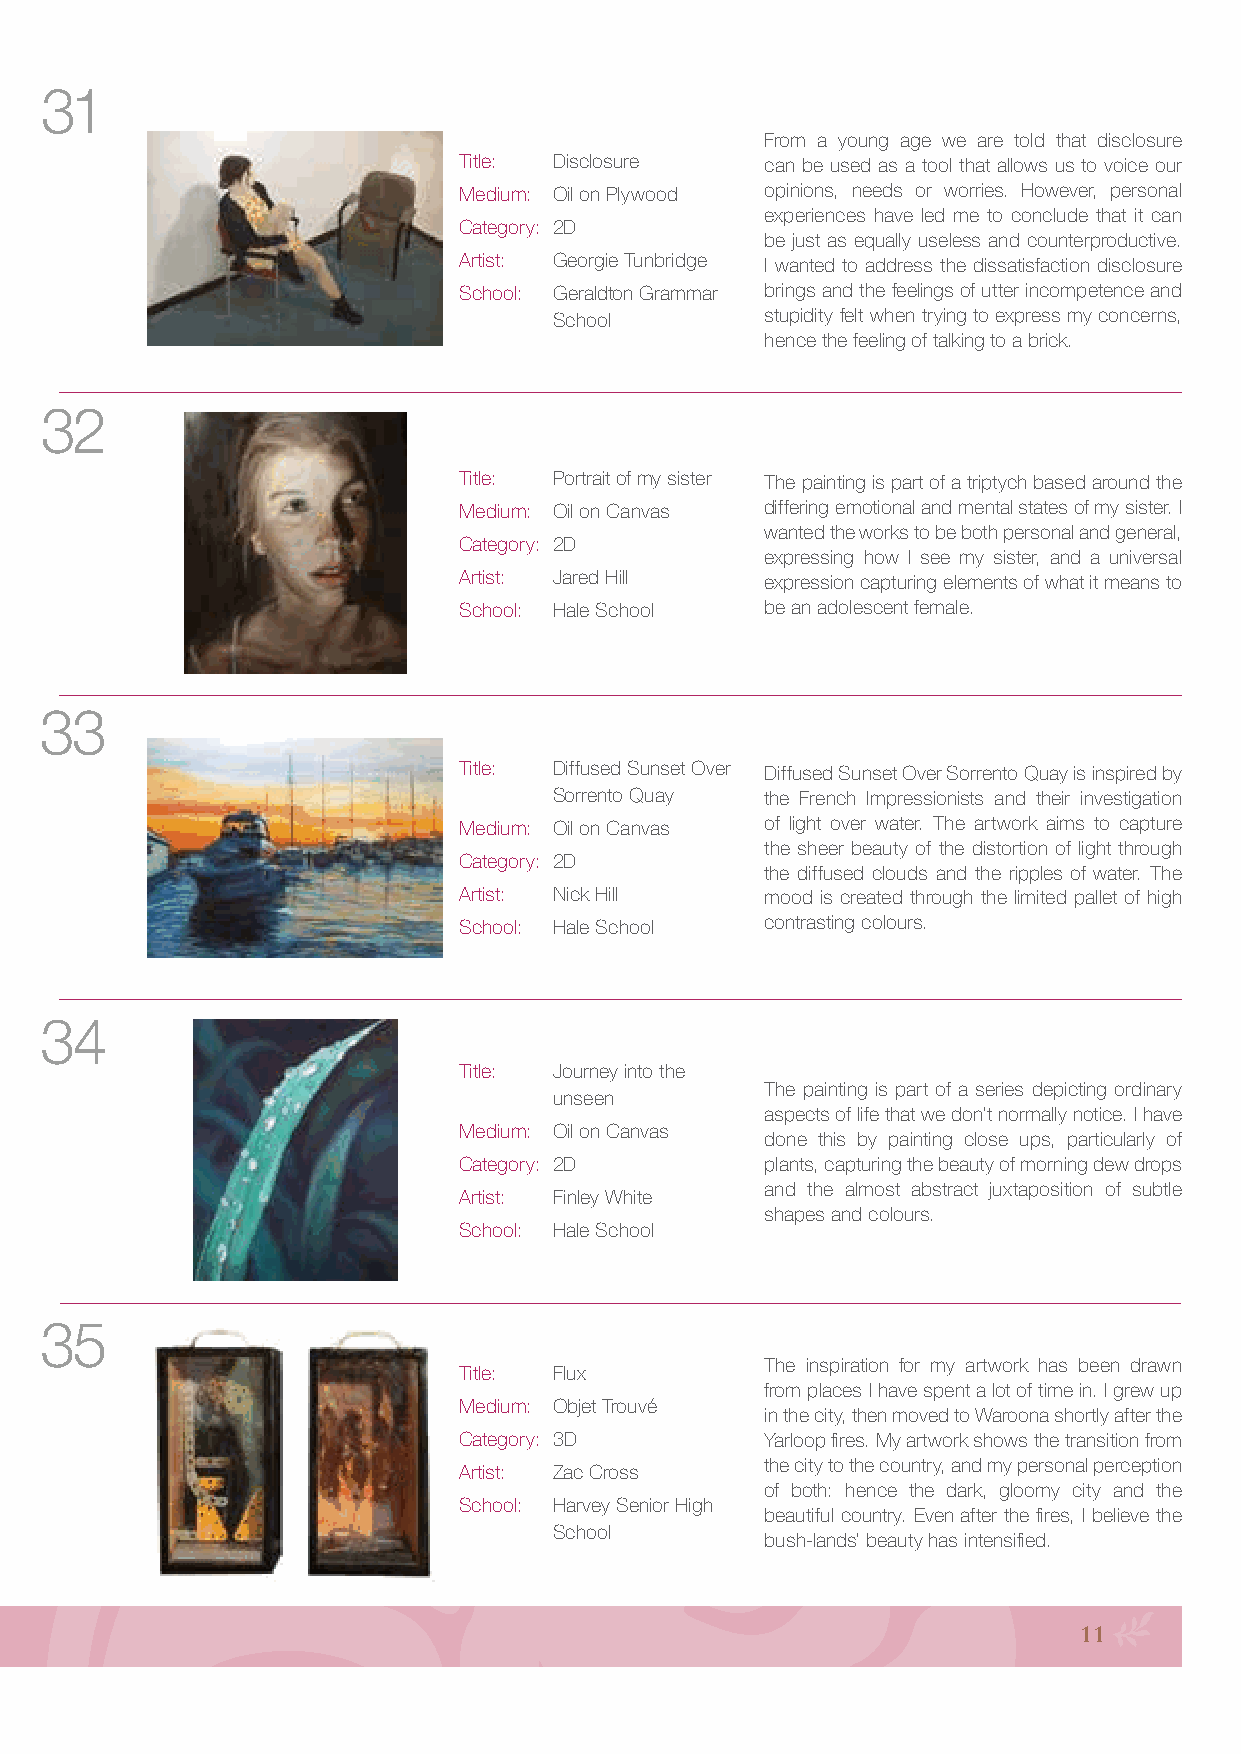
31
 From a young age we are told that disclosure
 Title: Disclosure    can be used as a tool that allows us to voice our
 Medium: Oil on Plywood opinions, needs or worries. However, personal
 experiences have led me to conclude that it can
 Category: 2D
 be just as equally useless and counterproductive.
 Artist: Georgie Tunbridge I wanted to address the dissatisfaction disclosure
 School: Geraldton Grammar brings and the feelings of utter incompetence and
 School        stupidity felt when trying to express my concerns,
 hence the feeling of talking to a brick.
 32
 Title: Portrait of my sister The painting is part of a triptych based around the
 Medium: Oil on Canvas differing emotional and mental states of my sister. I
 wanted the works to be both personal and general,
 Category: 2D
 expressing how I see my sister, and a universal
 Artist: Jared Hill   expression capturing elements of what it means to
 School: Hale School  be an adolescent female.
 33
 Title: Diffused Sunset Over Diffused Sunset Over Sorrento Quay is inspired by
 Sorrento Quay the French Impressionists and their investigation
 Medium: Oil on Canvas of light over water. The artwork aims to capture
 the sheer beauty of the distortion of light through
 Category: 2D
 the diffused clouds and the ripples of water. The
 Artist: Nick Hill    mood is created through the limited pallet of high
 School: Hale School  contrasting colours.
 34
 Title: Journey into the
 The painting is part of a series depicting ordinary
 unseen
 aspects of life that we don’t normally notice. I have
 Medium: Oil on Canvas
 done this by painting close ups, particularly of
 Category: 2D         plants, capturing the beauty of morning dew drops
 and the almost abstract juxtaposition of subtle
 Artist: Finley White
 shapes and colours.
 School: Hale School
 35
 The inspiration for my artwork has been drawn
 Title: Flux
 from places I have spent a lot of time in. I grew up
 Medium: Objet Trouvé
 in the city, then moved to Waroona shortly after the
 Category: 3D         Yarloop fires. My artwork shows the transition from
 the city to the country, and my personal perception
 Artist: Zac Cross
 of both: hence the dark, gloomy city and the
 School: Harvey Senior High
 beautiful country. Even after the fires, I believe the
 School
 bush-lands’ beauty has intensified.
 11